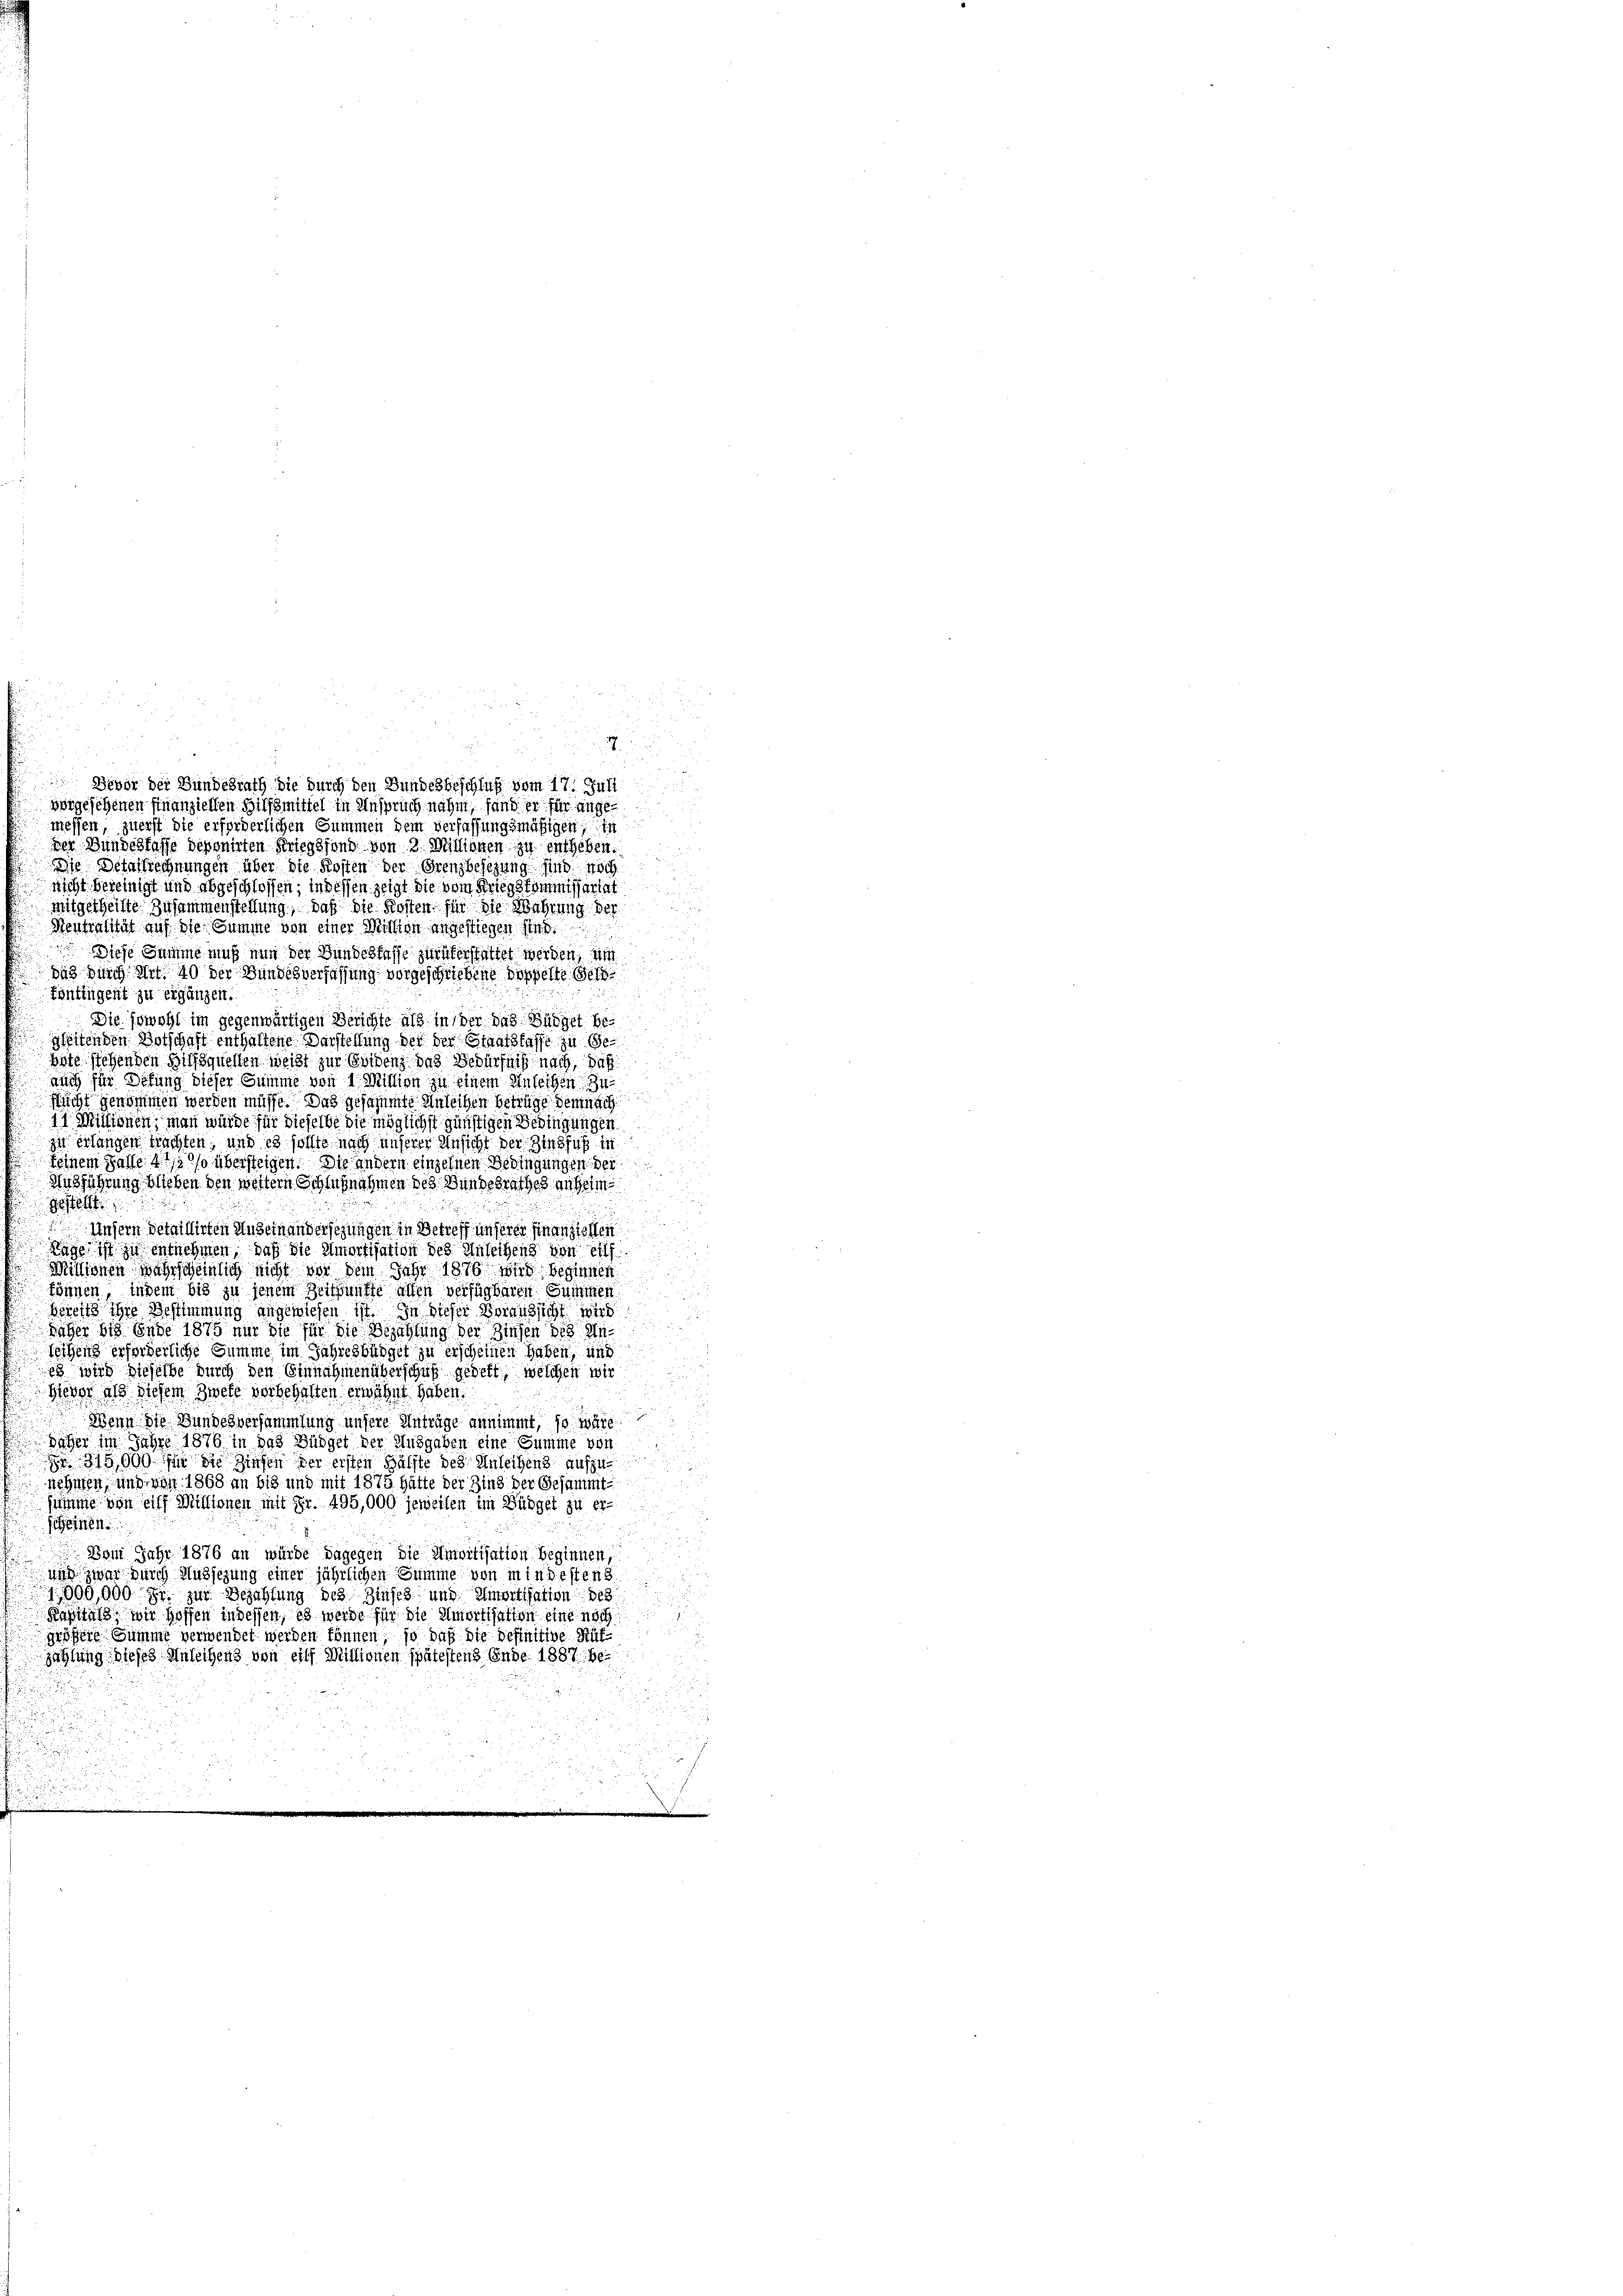
vorgesehenen Finanziellen Hilfsmittel in Anspruch nahm, fand er für angemessen, zuerst die erforderlichen Summen dem verfassungsmäßigen, in
der Bundesfasse deponirten Kriegsfond von 2. Millionen zu entheben.
Die Detastrechnungen über die Kosten der Grenzbesezung sind noch
nicht bereinigt und abgeschlossen, in dessen zeigt die vom Kriegskommissariat
mitgetheilte Zusammenstellung, daß die Kosten für die Wahrung der
Neutralität auf die Summe von einer Mission angestiegen sind.
Diese Summe muß nun der Bundesfusse zurükerstattet werden, um
dus durch Art. 40 der Bundesverfassung vorgeschriebene Doppelte Selb
Fünftigent zu ergänzen.
Die sowohl im gegenwärtigen Berichte als in der das Büdget be
gleitenden Vorschaft enthaltene Darstellung der der Staatskasse zu 80
hste stehenden Hilfsquellen weißt zur Beidenz das Bedürfniß nach, daß
nach für Defung dieser Summe von 1 Mittion zu einem Anleihen u
flucht genommen werden müsse. Das gesaümte Anleihen betrüge demnach
1t Millionen, man würde für dieselbe die möglichst günstigen Bedingungen
zu erlangen trachten, und es sollte nach unserer Ansicht der Zinsfuß in
feinem Gasse 1 1/2 so übersteigen. Die andern einzelnen Bedingungen der
Ausführung blieben den weitern Schlußnahmen des Bundesrathes anheim
Gestellt
Unsern detaillirten Auseinandersehungen in Betreff unserer Finanziellen
Lage ist zu entnehmen, daß die Amortisation des Anleihens von eilf
Missionen wahrscheinlich nicht vor dem Jahr 1876 wird beginnen
können, indem bis zu jenem Zeitpunkte allen verfügbaren Summen
bereits ihre Bestimmung angewiesen ist. In dieser Voraussicht w
daher bis Ende 1875 nur die für die Bezahlung der Zinsen des Inteigend erforderliche Summe im Jahresbüdget zu erscheinen haben, und
i wird dieselbe durch den Einnahmen überschaft gebett, welchen wir
u
Hievor als diesem Zwete vorbehalten, erwähnt haben.
Wenn die Bundesversammlung unsere Antrage annimmt, so wäre
Dächer im Jahre 1876 in das Büdget der Ausgaben eine Summe von
Fr. 315,000 für die Zinsen der ersten Hälfte des Anleihens aufzunehmen, und von 1868 an bis und mit 1875 hätte der Zins der Gesammt-
summe von eilf Millionen mit Fr. 495,000 jeweilen im Büdget zu er-
scheinen
 Vom Jahr 1876 an würde dagegen die Amortisation beginnen,
und zwar durch Aussezung einer jährlichen Summe von in in destens
1,800,000 Fr. zur Bezahlung des Zinses und Amortisation des
Kapitals, wir Hoffen in dessen, es werde für die Amortisation eine noch
größere Summe verwendet werden können, so daß die Definitive Aufzahlung dieses Anleihens von eilf Missionen spätestens Ende 1887 bei
n

.

Devor der Bundesrath die durch den Bundesbeschluß vom 17. Juli

.

d

5
d
u